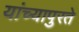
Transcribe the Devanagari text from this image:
यांच्यापुरते